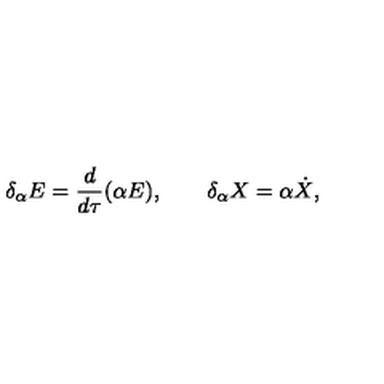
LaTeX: \delta _ { \alpha } E = \frac { d } { d \tau } ( \alpha E ) , \qquad \delta _ { \alpha } X = \alpha \dot { X } ,